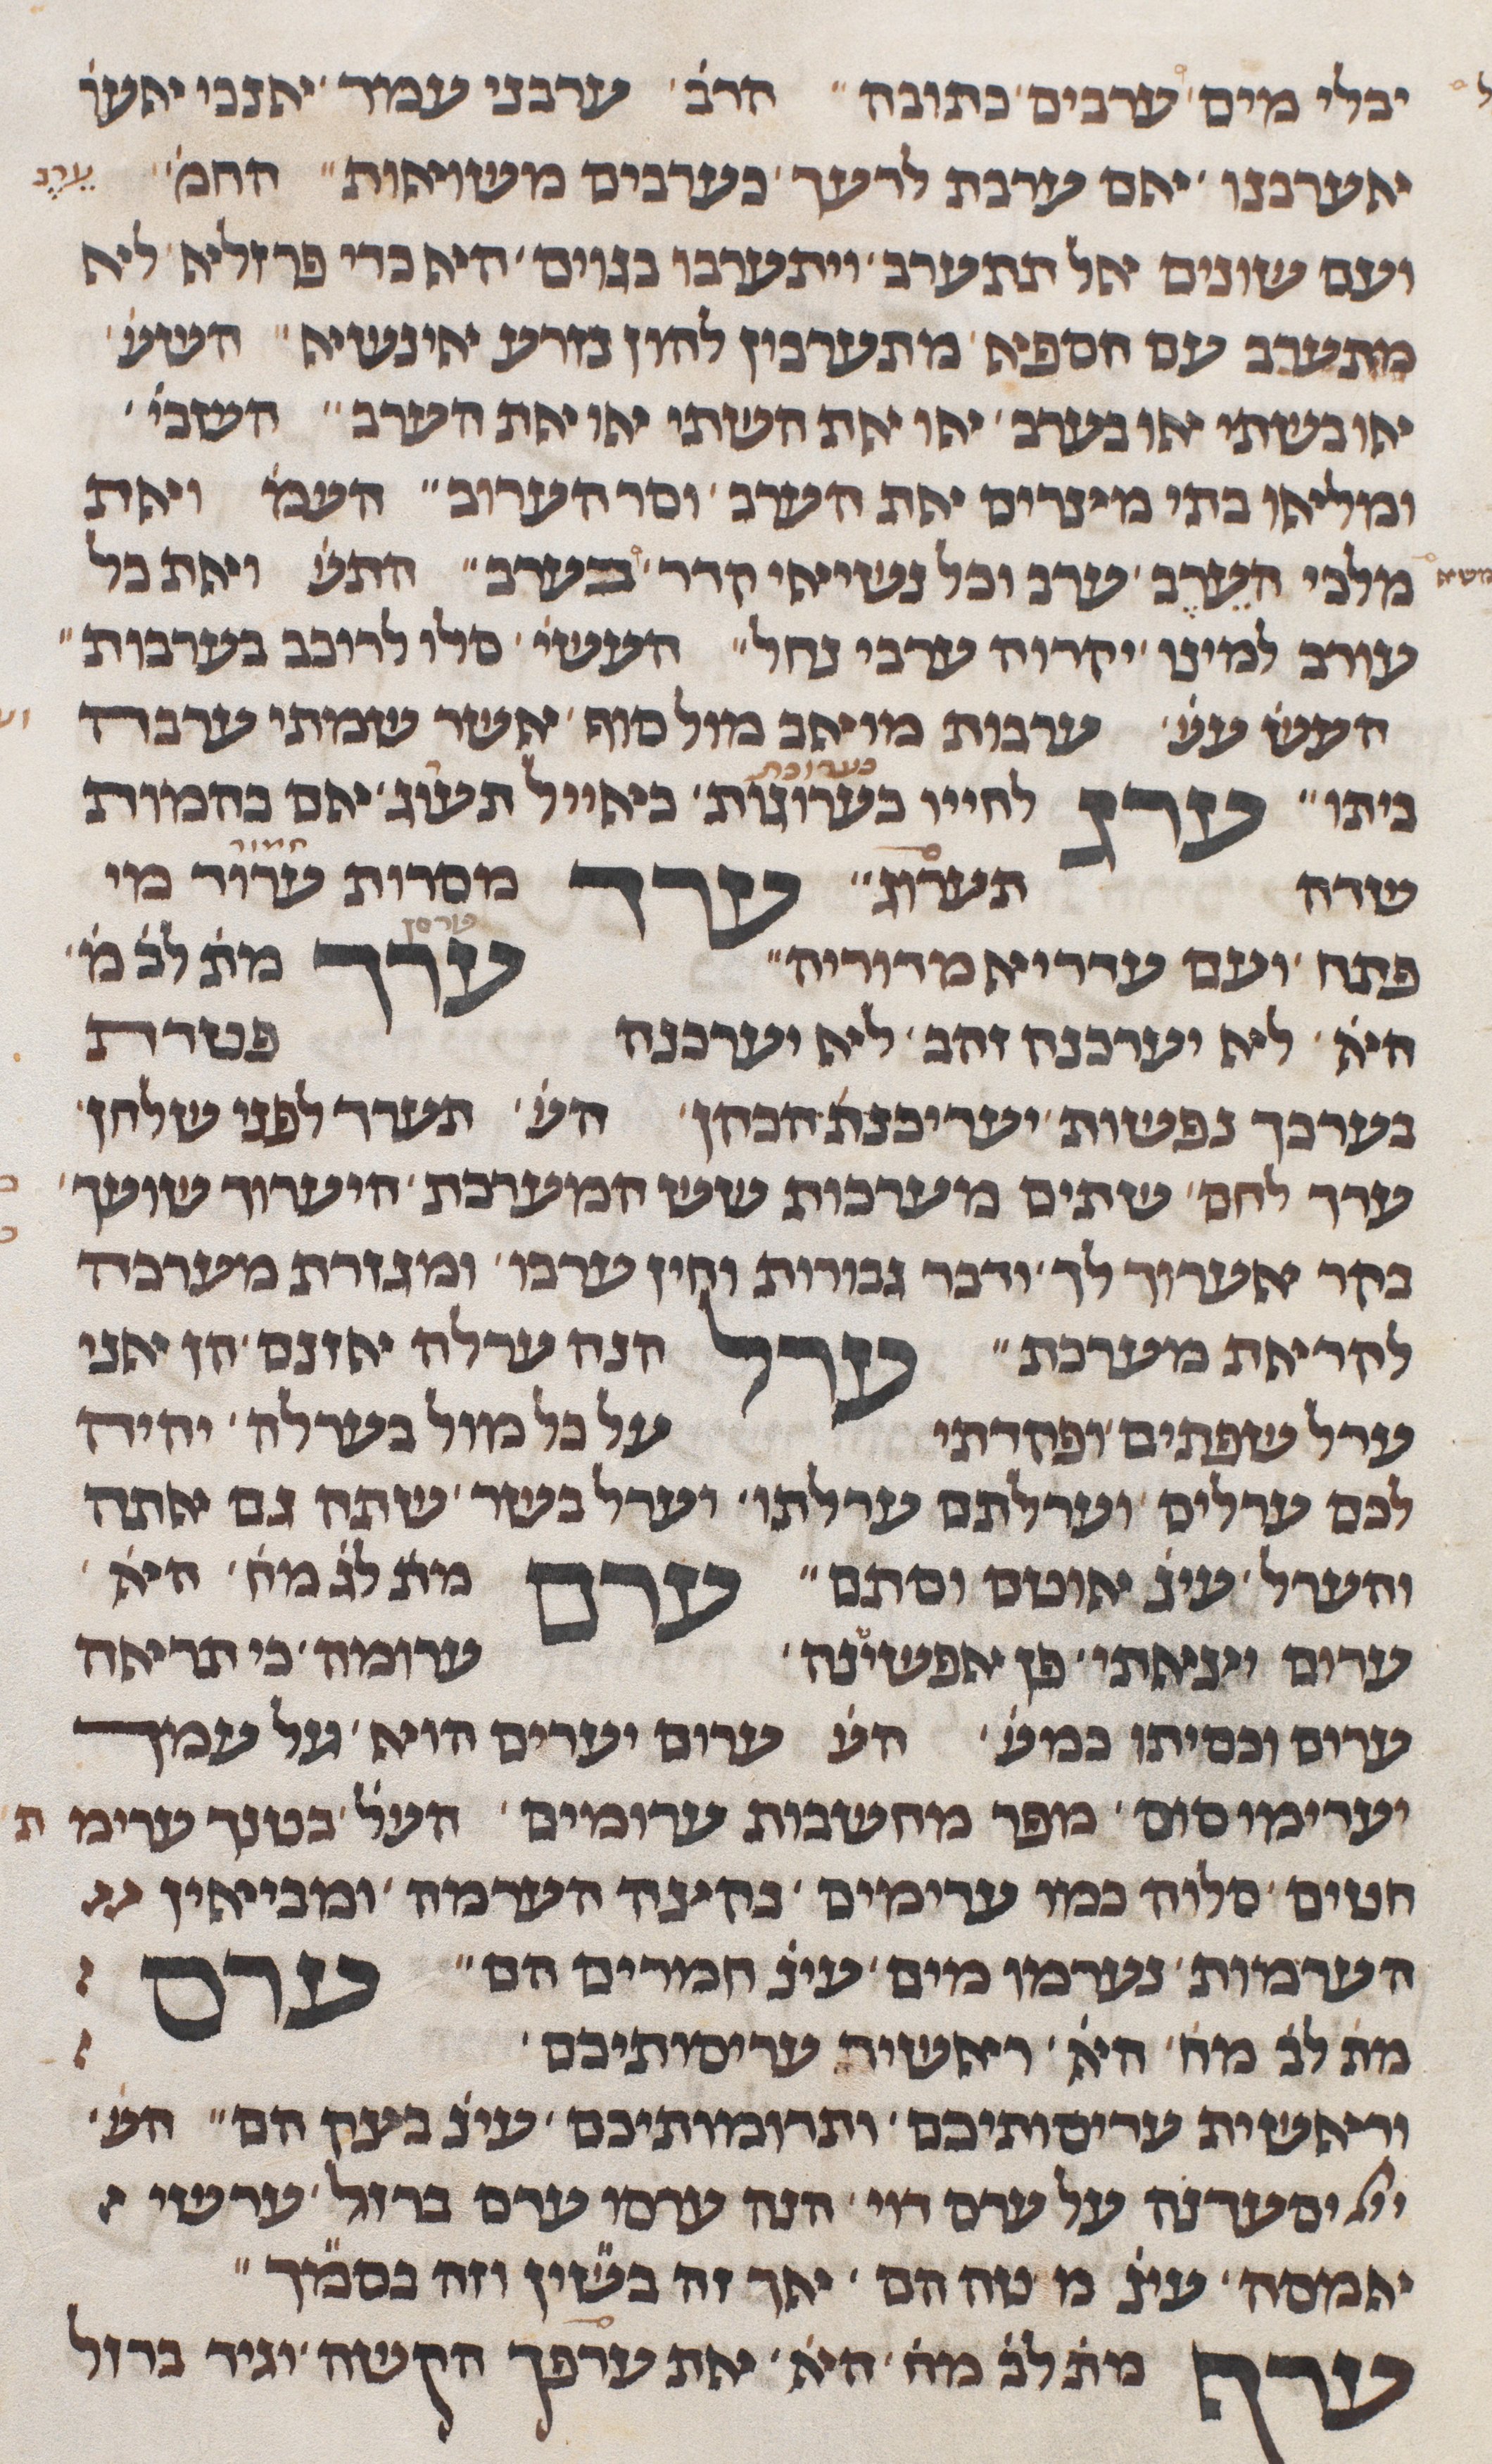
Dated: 1290–1290